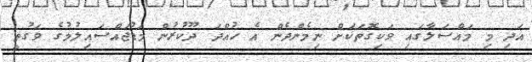
އަދި މި މައްސަލާގައި ވަކިގޮތަކަށް ނިމެންދެން އެ ހުއްދަ ދޫކުރުން މަޑުޖައްސައިލުމުގެ ވަގުތީ